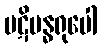
ပဋိဗန္ဓရုပေါ